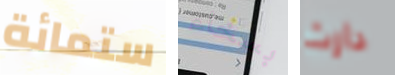
ستمائة بسخاء دارث